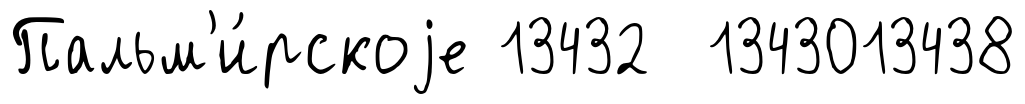
Пальм'и́рскоjе 13432 1343013438